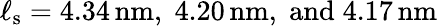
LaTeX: \ell_{\mathrm{s}}=4.34\, \mathrm{nm},\; 4.20\, \mathrm{nm},\; \mathrm{and}\; 4.17\, \mathrm{nm}